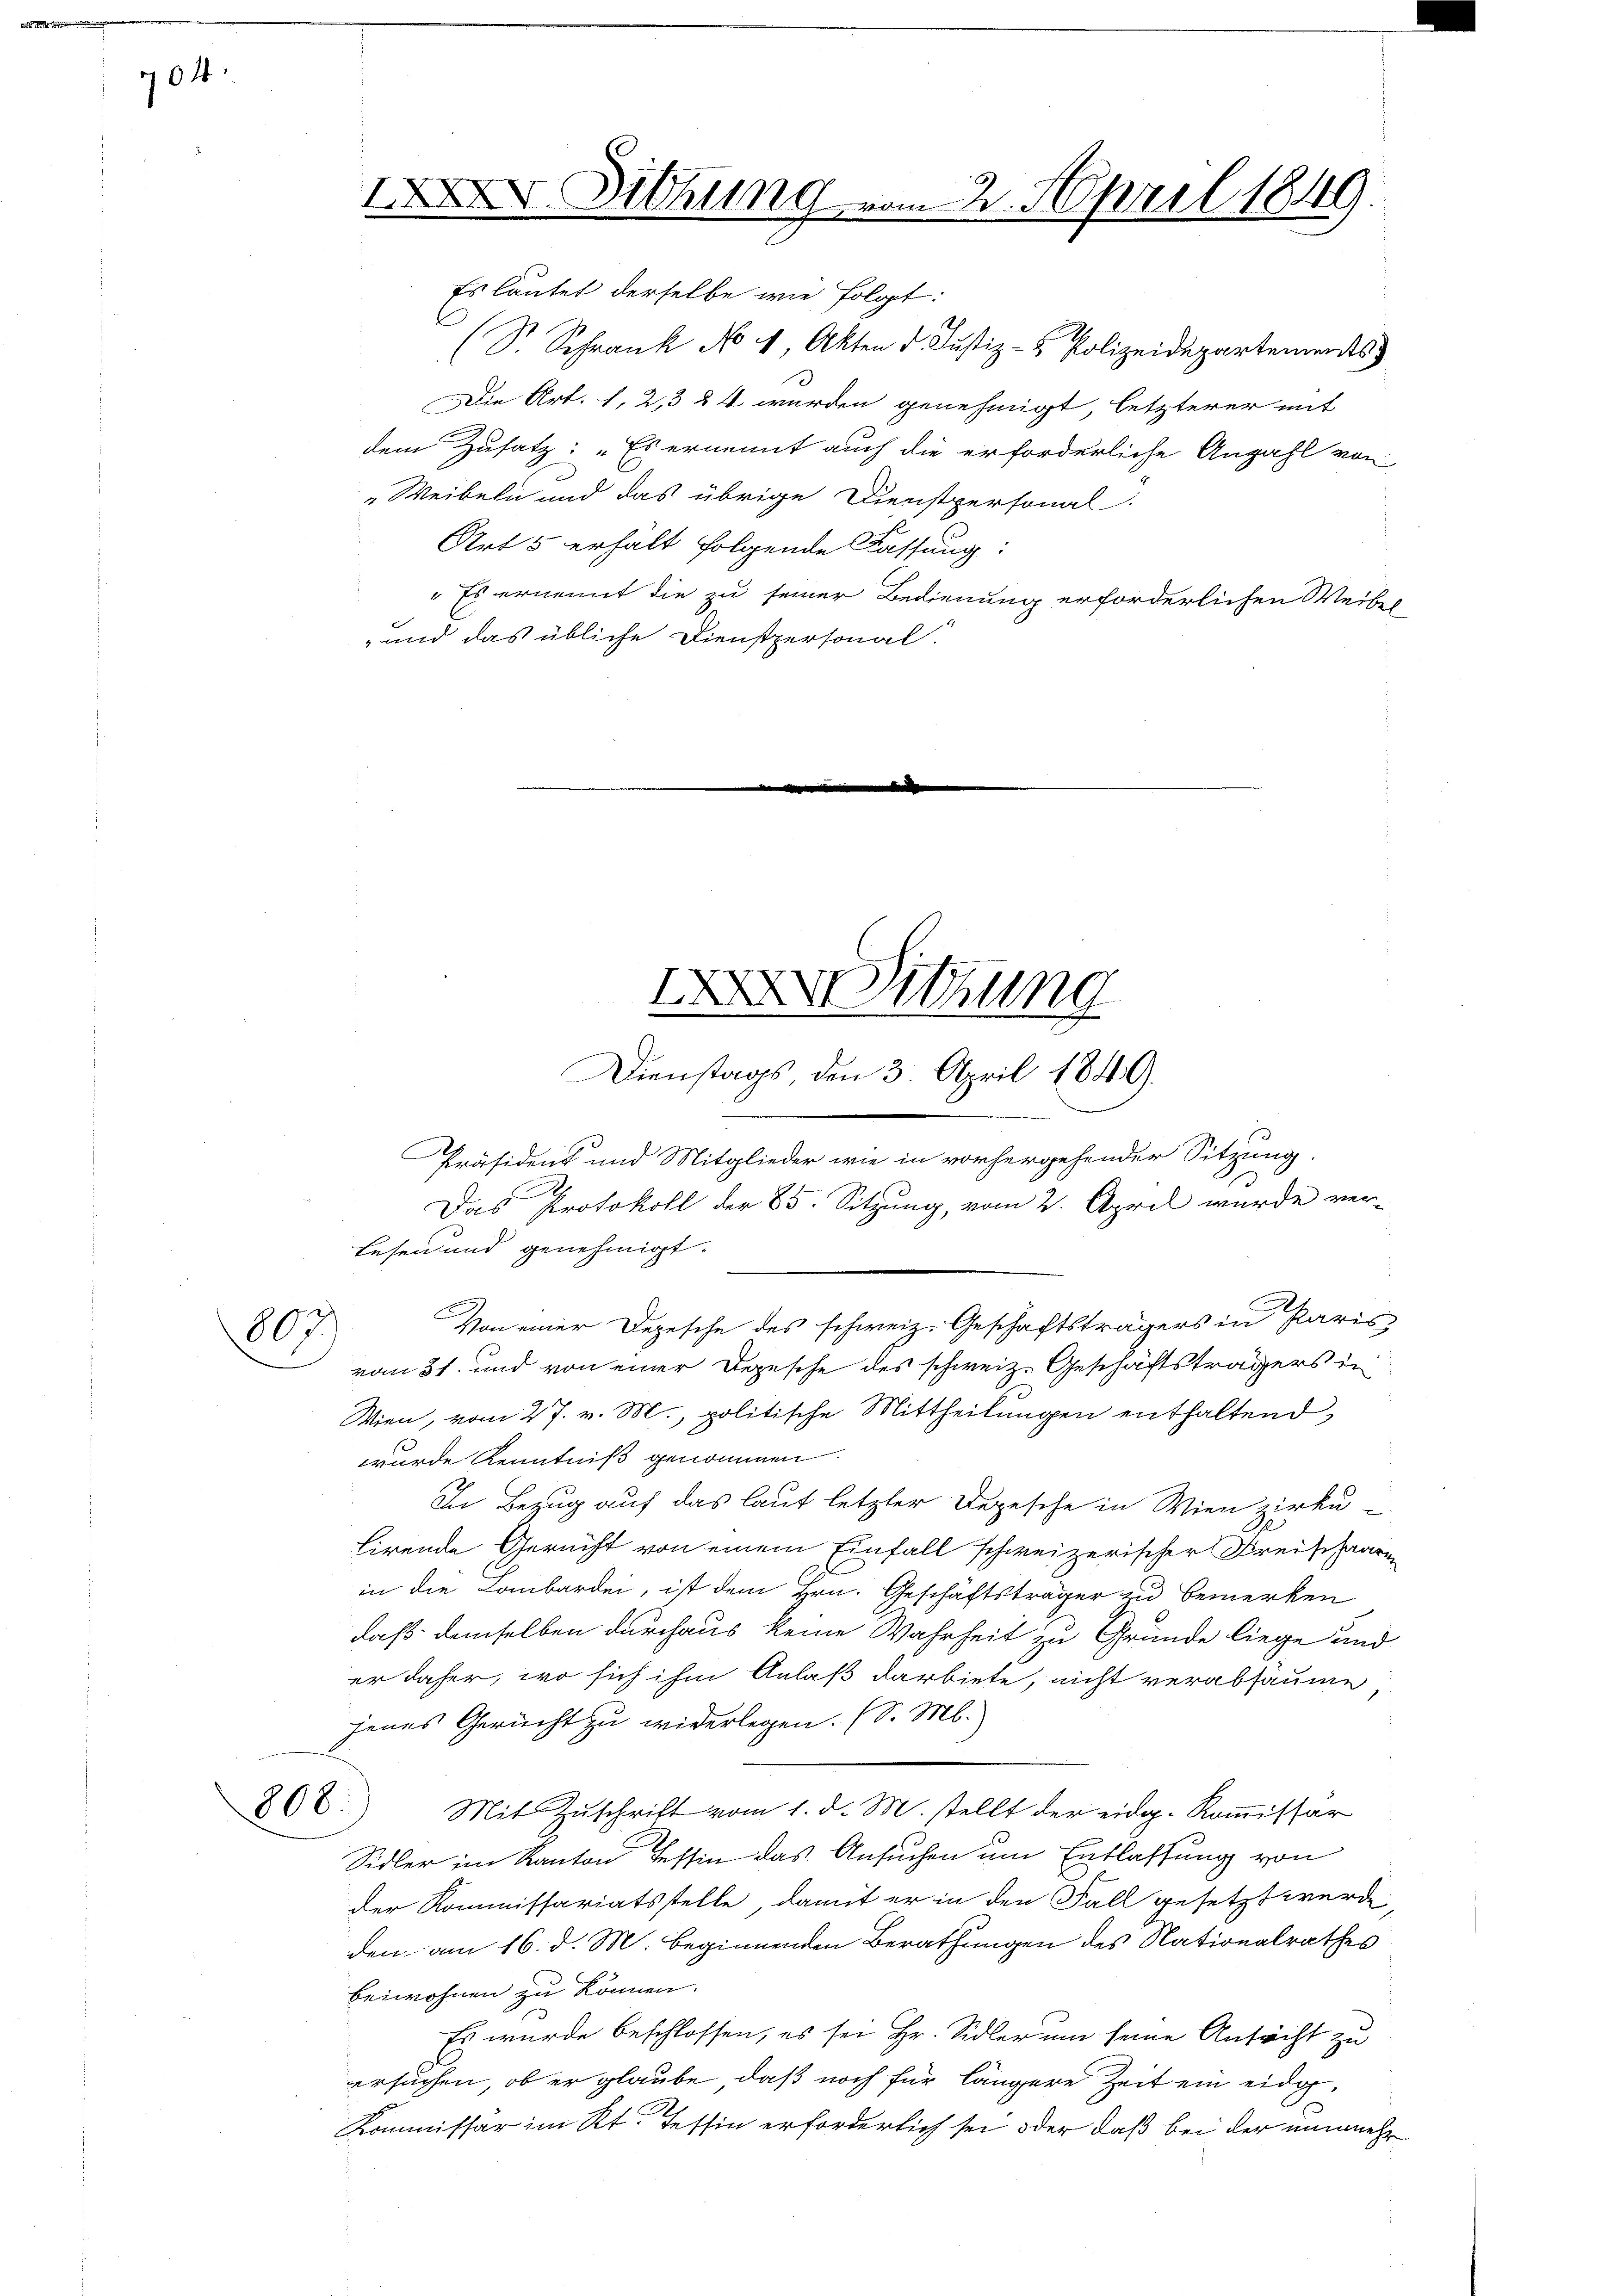
704.

803.
.

806.

Es lautet derselbe wie folgt:
l
(S. Schrank No 4 Akten d. Justiz- & Polizeidepartements
Die Art. 1, 23 24 wurden genehmigt, letzterer mit
dem Zusatz: „Es ernennt auch die erforderliche Anzahl von
Weibeln und das übrige Dienstpersonal-
Art 5 erhalt folgende Kassung:
" Es ernennt die zu seiner Bedienung erforderlichen Weibel
„und das übliche Dienstpersonal-

XXXV. Sitzung

XXV Sitzung
Dienstags den 3. April 1849.

Präsident und Mitglieder wie in vorhergehender Sitzung.
Das Protokoll der 85. Sitzung, vom 2. April wurde ver-

2. April 1849.

.
Lesen und genehmigt.
Von einer Depesche des schweiz. Geschäftsträgers in Paris,
vom 31. und von einer Depesche des schweiz. Geschäftsträgers in
Wien, vom 27. v. M., politische Mittheilungen enthaltend
wurde Kenntniß genommen.
In Bezug auf das laut letzter Depesche in Wien zirku
lirende Gericht von einem Einfall schweizerischer Kreischaaren
in die Lombardei, ist dem Hrn. Geschäftsträger zu bemerken
daß demselben durchaus keine Wahrheit zu Gründe liege und
er daher, wo sich ihm Anlaß darbiete, nicht verabsäume
jenes Gericht zu widerlegen. (S. M.
Mit Zuschrift vom 1. d. M. stellt der eidg. Kommissar
Sidler im Kanton Tessin das Ansuchen um Entlassung von
der Kommissariatsstelle, damit er in den Fall gesetzt werde,
den: am 16. d. M. beginnenden Berathungen des Nationalrathes
beiwohnen zu können.
Es wurde beschlossen, es sei Hr. Sidler um seine Ansucht zu
ersuchen, ob er glaube, daß noch für längere Zeit ein eidge¬
Kommissär im Kt. Tessin erforderlich sei oder daß bei der nunmehr